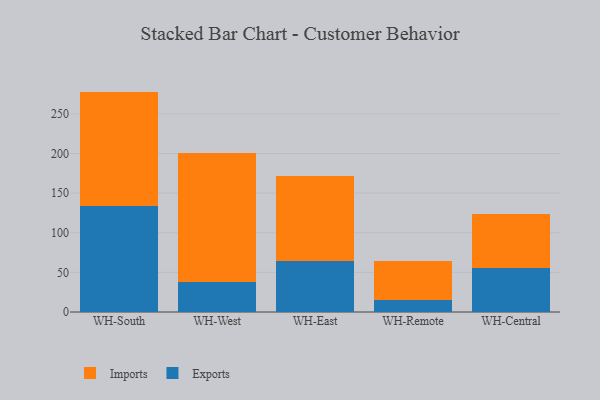
{"axis": {"x": "Warehouse", "y": "Operating Costs (USD K)"}, "legend": ["Exports", "Imports"], "data": [{"x": "WH-South", "y": 133.8, "type": "Exports"}, {"x": "WH-South", "y": 144.3, "type": "Imports"}, {"x": "WH-West", "y": 38.3, "type": "Exports"}, {"x": "WH-West", "y": 161.8, "type": "Imports"}, {"x": "WH-East", "y": 64.9, "type": "Exports"}, {"x": "WH-East", "y": 107.1, "type": "Imports"}, {"x": "WH-Remote", "y": 15.2, "type": "Exports"}, {"x": "WH-Remote", "y": 49.5, "type": "Imports"}, {"x": "WH-Central", "y": 55.7, "type": "Exports"}, {"x": "WH-Central", "y": 67.4, "type": "Imports"}]}